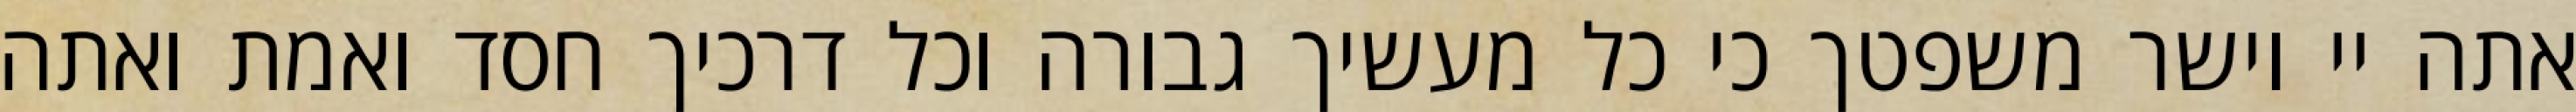
אתה יי וישר משפטך כי כל מעשיך גבורה וכל דרכיך חסד ואמת ואתה